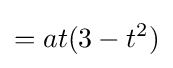
=at(3-t^{2})